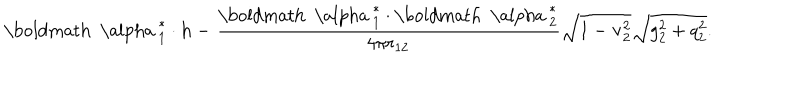
LaTeX: { \mathrm { \boldmath ~ \ a l p h a ~ } } _ { 1 } ^ { * } \cdot { \bf h } - \frac { { \mathrm { \boldmath ~ \ a l p h a ~ } } _ { 1 } ^ { * } \cdot { \mathrm { \boldmath ~ \ a l p h a ~ } } _ { 2 } ^ { * } } { 4 \pi r _ { 1 2 } } \sqrt { 1 - { \bf v } _ { 2 } ^ { 2 } } \sqrt { g _ { 2 } ^ { 2 } + q _ { 2 } ^ { 2 } } .